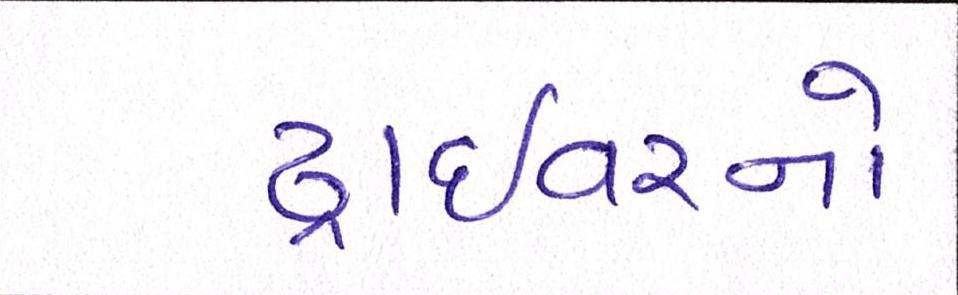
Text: ડ્રાઇવરનો